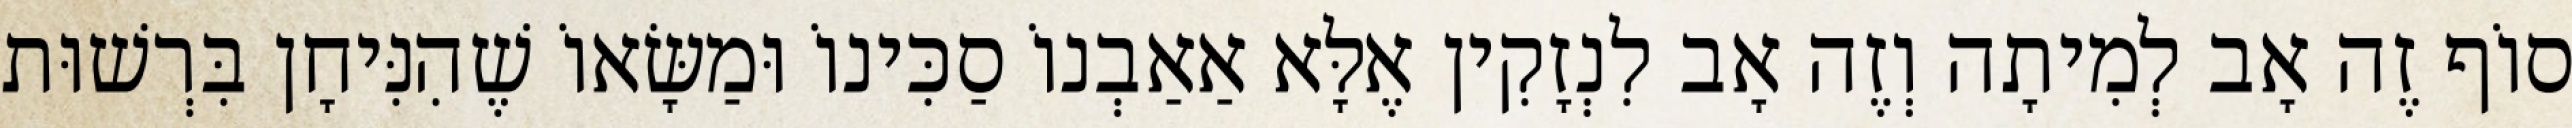
סוֹף זֶה אָב לְמִיתָה וְזֶה אָב לִנְזָקִין אֶלָּא אַאַבְנוֹ סַכִּינוֹ וּמַשָּׂאוֹ שֶׁהִנִּיחָן בִּרְשׁוּת